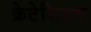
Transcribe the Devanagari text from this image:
क्रेटेशियम